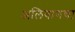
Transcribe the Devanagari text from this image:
अलिबागचा